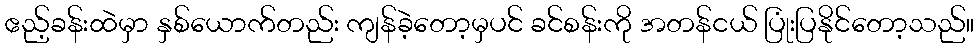
ဧည့်ခန်းထဲမှာ နှစ်ယောက်တည်း ကျန်ခဲ့တော့မှပင် ခင်စန်းကို အတန်ငယ် ပြုံးပြနိုင်တော့သည်။